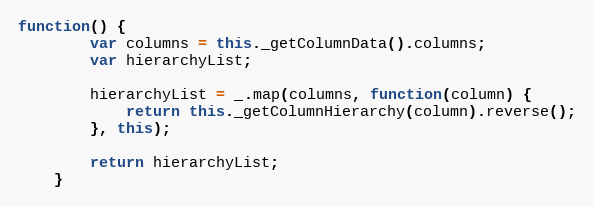
Language: JavaScript
function() {
        var columns = this._getColumnData().columns;
        var hierarchyList;

        hierarchyList = _.map(columns, function(column) {
            return this._getColumnHierarchy(column).reverse();
        }, this);

        return hierarchyList;
    }